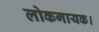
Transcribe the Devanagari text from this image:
लोकगायक।